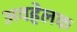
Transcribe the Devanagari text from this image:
अवहेलक